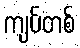
ကျပ်တစ်